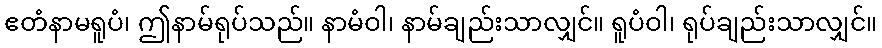
ဧတံနာမရူပံ၊ ဤနာမ်ရုပ်သည်။ နာမံဝါ၊ နာမ်ချည်းသာလျှင်။ ရူပံဝါ၊ ရုပ်ချည်းသာလျှင်။